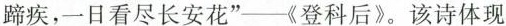
蹄疾，一日看尽长安花”--《登科后》。该诗体现